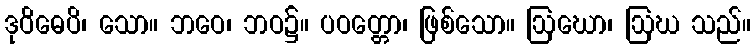
ဒုဝိဓေပိ၊ သော။ ဘဝေ၊ ဘဝ၌။ ပဝတ္တော၊ ဖြစ်သော။ ဩဃော၊ ဩဃ သည်။